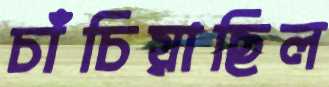
চাঁচিয়াছিল